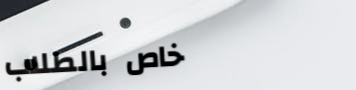
خاص بالطلاب